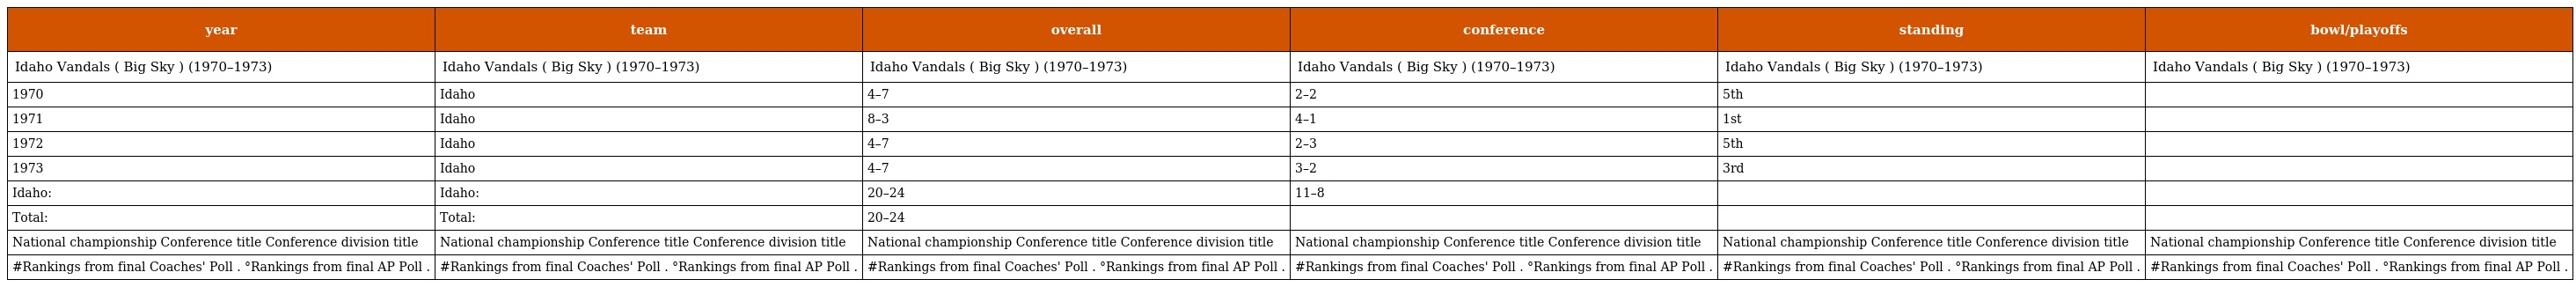
| year | team | overall | conference | standing | bowl/playoffs |
 | --- | --- | --- | --- | --- | --- |
 | Idaho Vandals ( Big Sky ) (1970–1973) | Idaho Vandals ( Big Sky ) (1970–1973) | Idaho Vandals ( Big Sky ) (1970–1973) | Idaho Vandals ( Big Sky ) (1970–1973) | Idaho Vandals ( Big Sky ) (1970–1973) | Idaho Vandals ( Big Sky ) (1970–1973) |
 | 1970 | Idaho | 4–7 | 2–2 | 5th |  |
 | 1971 | Idaho | 8–3 | 4–1 | 1st |  |
 | 1972 | Idaho | 4–7 | 2–3 | 5th |  |
 | 1973 | Idaho | 4–7 | 3–2 | 3rd |  |
 | Idaho: | Idaho: | 20–24 | 11–8 |  |  |
 | Total: | Total: | 20–24 |  |  |  |
 | National championship Conference title Conference division title | National championship Conference title Conference division title | National championship Conference title Conference division title | National championship Conference title Conference division title | National championship Conference title Conference division title | National championship Conference title Conference division title |
 | #Rankings from final Coaches' Poll . °Rankings from final AP Poll . | #Rankings from final Coaches' Poll . °Rankings from final AP Poll . | #Rankings from final Coaches' Poll . °Rankings from final AP Poll . | #Rankings from final Coaches' Poll . °Rankings from final AP Poll . | #Rankings from final Coaches' Poll . °Rankings from final AP Poll . | #Rankings from final Coaches' Poll . °Rankings from final AP Poll . |